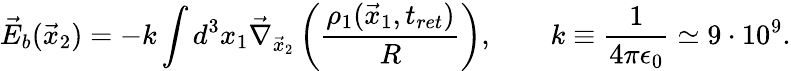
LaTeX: \vec{E}_{b}(\vec{x}_{2})=-k\int d^{3}x_{1}\vec{\nabla}_{\vec{x}_{2}}\left(\frac{\rho_{1}(\vec{x}_{1},t_{ret})}{R}\right),\qquad k\equiv\frac{1}{4\pi\epsilon_{0}}\simeq 9\cdot 10^{9}.